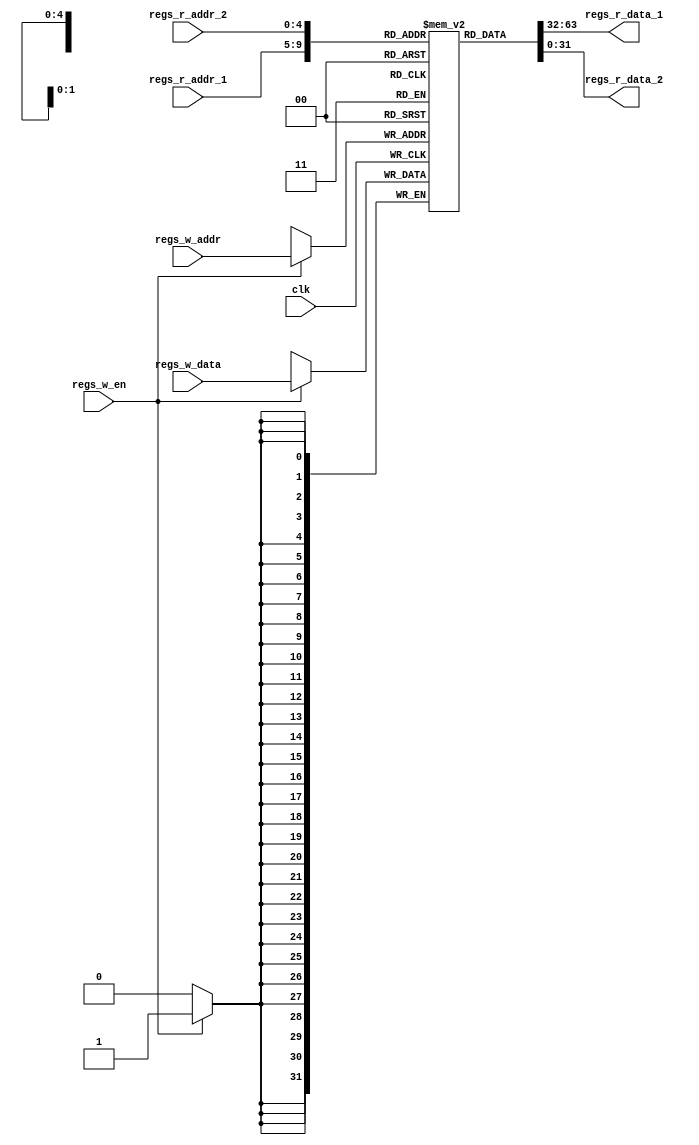
module regs(
    input         clk,
    input[4:0] regs_r_addr_1,
    input[4:0] regs_r_addr_2,
    input[4:0] regs_w_addr,
    input[31:0] regs_w_data,
    input      regs_w_en,
    output[31:0]      regs_r_data_1,
    output[31:0]      regs_r_data_2
    );

    reg[31:0] Rs[0:31];

    initial begin
        Rs[0]=0;
    end
    
    always @(posedge clk) begin
        if(regs_w_en)begin
            Rs[regs_w_addr]<=regs_w_data;
        end
    end
   
    assign regs_r_data_1=Rs[regs_r_addr_1];
    assign regs_r_data_2=Rs[regs_r_addr_2];
endmodule